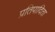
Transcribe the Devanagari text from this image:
प्रतिपादिता